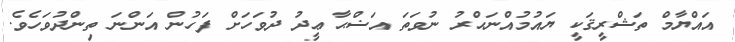
އައްޔާމް ތަޝްރީޤަކީ ޔައުމުއްނަޙްރު ނުވަތަ އަޟްޙާ ޢީދު ދުވަހަށް ފަހުން އަންނަ ތިންދުވަހެވެ.